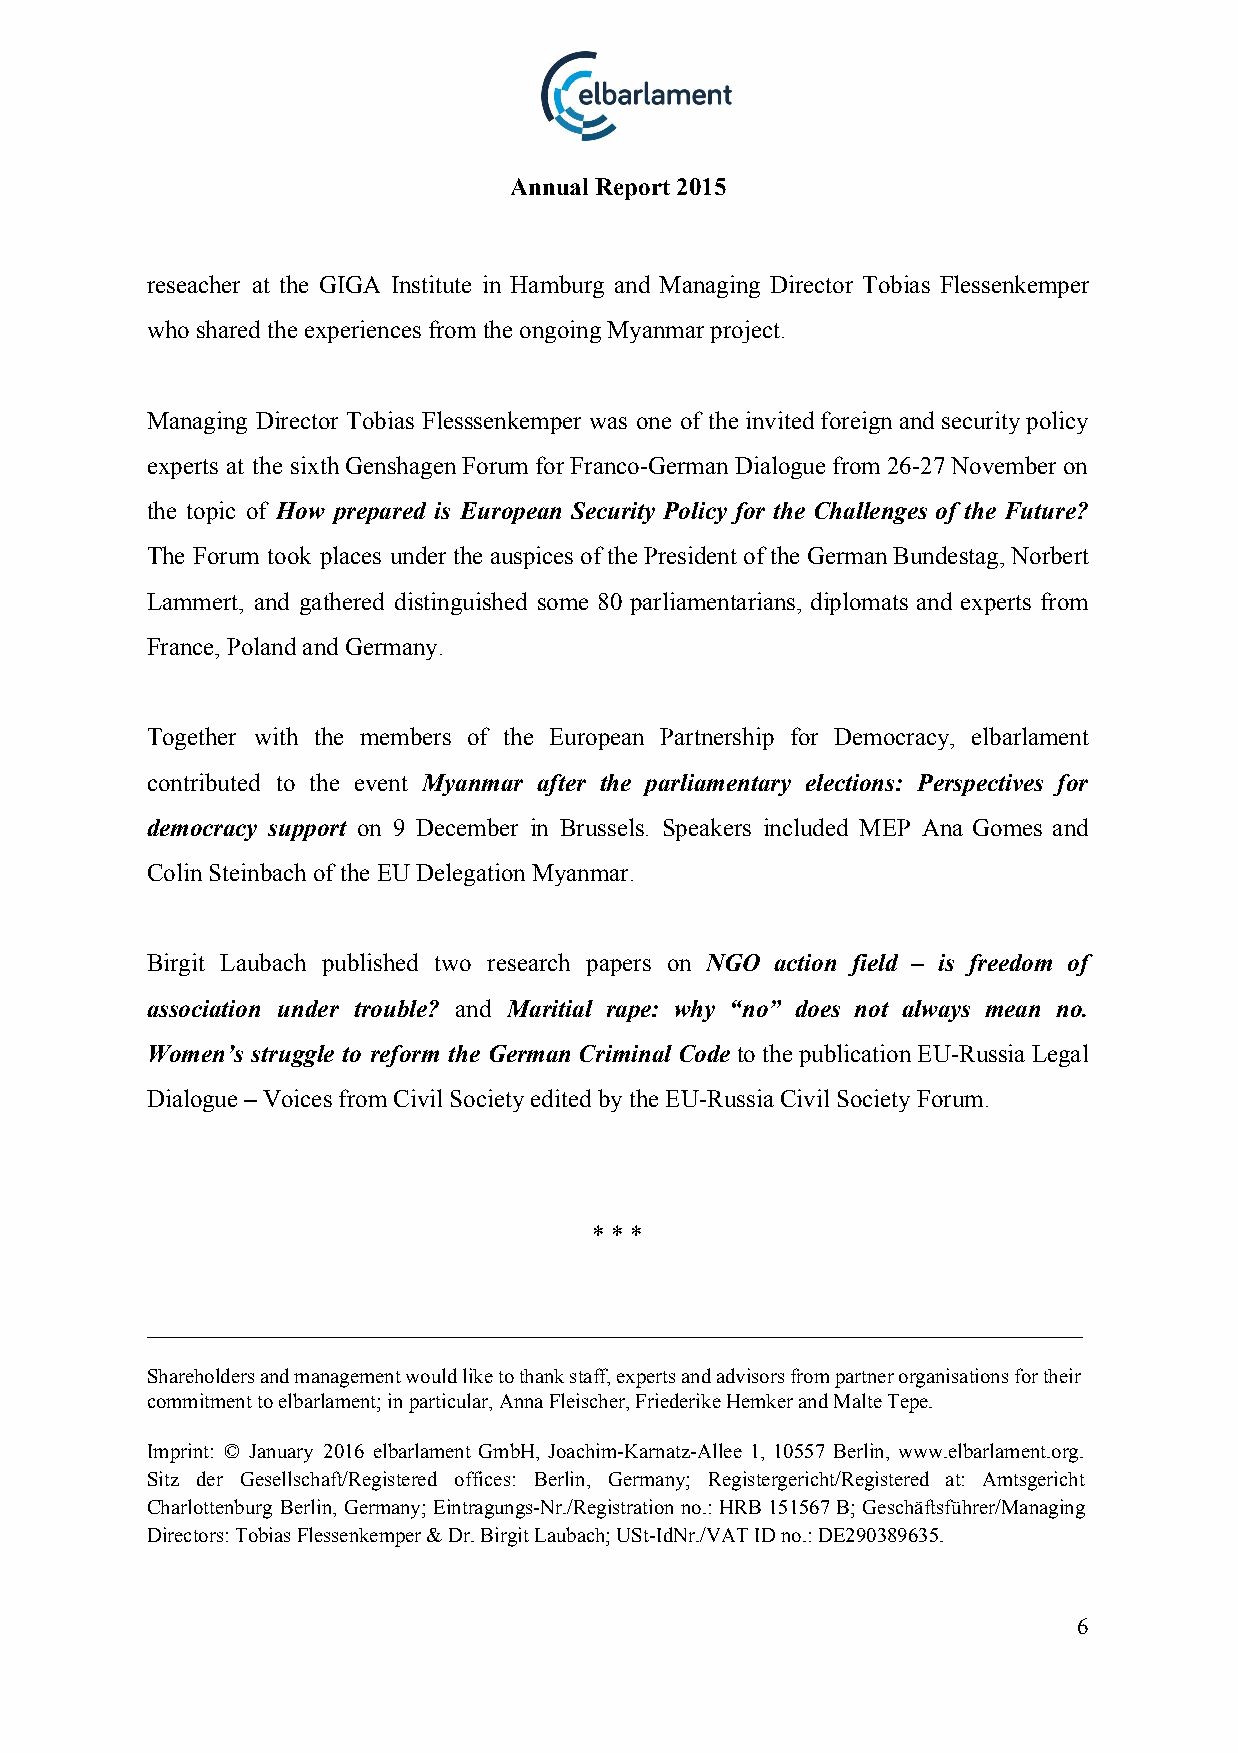
Annual Report 2015
 reseacher at the GIGA Institute in Hamburg and Managing Director Tobias Flessenkemper
 who shared the experiences from the ongoing Myanmar project.
 Managing Director Tobias Flesssenkemper was one of the invited foreign and security policy
 experts at the sixth Genshagen Forum for Franco­German Dialogue from 26­27 November on
 the topic of How prepared is European Security Policy for the Challenges of the Future?
 ​
 The Forum took places under the auspices of the President of the German Bundestag, Norbert
 Lammert, and gathered distinguished some 80 parliamentarians, diplomats and experts from
 France, Poland and Germany.
 Together with the members of the European Partnership for Democracy, elbarlament
 contributed to the event Myanmar after the parliamentary elections: Perspectives for
 ​
 democracy support on 9 December in Brussels. Speakers included MEP Ana Gomes and
 ​
 Colin Steinbach of the EU Delegation Myanmar.
 Birgit Laubach published two research papers on NGO action field – is freedom of
 ​
 association under trouble? and Maritial rape: why “no” does not always mean no.
 ​  ​
 Women’s struggle to reform the German Criminal Code to the publication EU­Russia Legal
 Dialogue – Voices from Civil Society edited by the EU­Russia Civil Society Forum.
 * * *
 ___________________________________________________________________________
 Shareholders and management would like to thank staff, experts and advisors from partner organisations for their
 commitment to elbarlament; in particular, Anna Fleischer, Friederike Hemker and Malte Tepe.
 Imprint: © January 2016 elbarlament GmbH, Joachim­Karnatz­Allee 1, 10557 Berlin, www.elbarlament.org.
 Sitz der Gesellschaft/Registered offices: Berlin, Germany; Registergericht/Registered at: Amtsgericht
 Charlottenburg Berlin, Germany; Eintragungs­Nr./Registration no.: HRB 151567 B; Geschäftsführer/Managing
 Directors: Tobias Flessenkemper & Dr. Birgit Laubach; USt­IdNr./VAT ID no.: DE290389635.
 6